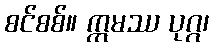
စင်စစ်။ ဣမဿ ပုဂ္ဂ၊